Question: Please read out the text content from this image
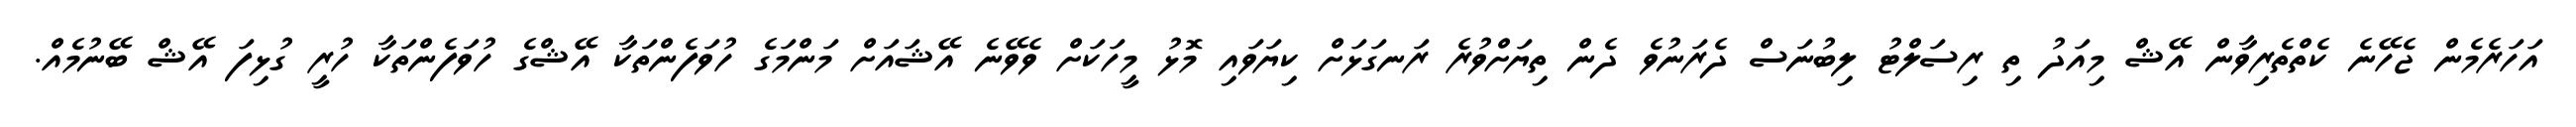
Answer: އަހަރެމެން ޖެހޭނެ ކެތްތެރިވާން އޭޝް މިއަދު ތި ރިސަލްޓު ލިބުނަސް ދެރަނުވެ ދެން ތިޔަށްވުރެ ރަނގަޅަށް ކިޔަވައި މޮޅު މީހަކަށް ވެވޭނެ އޭޝައަށް މަންމަގެ ހުވަފެންތަކާ އޭޝްގެ ހުވަފެންތަކާ ހުރީ ގުޅިފަ އޭޝް ބޭނުމެއް.